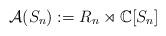
LaTeX: \begin{align*} {\mathcal{A}(S_{n})}:=R_{n}\rtimes {\mathbb{C}}[S_n]\end{align*}